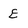
Character: E